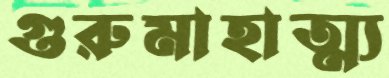
গুরুমাহাত্ম্য